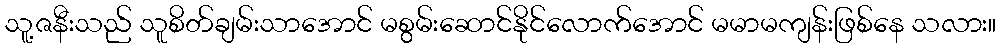
သူ့ဇနီးသည် သူစိတ်ချမ်းသာအောင် မစွမ်းဆောင်နိုင်လောက်အောင် မမာမကျန်းဖြစ်နေ သလား။